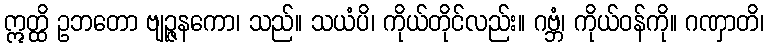
ဣတ္ထိ ဥဘတော ဗျဉ္ဇနကော၊ သည်။ သယံပိ၊ ကိုယ်တိုင်လည်း။ ဂဗ္ဘံ၊ ကိုယ်ဝန်ကို။ ဂဏှာတိ၊